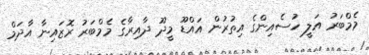
މެމްބަރު އަލީ ހުސެއިންގެ އިތުރުން އައްޑޫ މީދޫ ދާއިރާގެ މެމްބަރު ރޮޒައިނާ އާދަމް